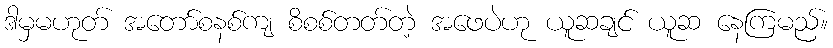
ဒါမှမဟုတ် အတော်စနစ်ကျ စိစစ်တတ်တဲ့ အဖေပဲဟု ယူဆချင် ယူဆ နေကြမည်။